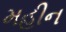
મહીન